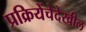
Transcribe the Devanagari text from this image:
प्रक्रियेंचेदेखील